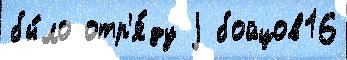
бы́ло отр'я́ду j бойцов16